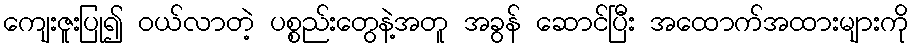
ကျေးဇူးပြု၍ ဝယ်လာတဲ့ ပစ္စည်းတွေနဲ့အတူ အခွန် ဆောင်ပြီး အထောက်အထားများကို